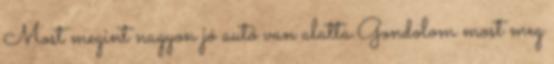
Most megint nagyon jó autó van alatta.Gondolom most meg